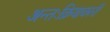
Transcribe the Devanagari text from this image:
अन्तःक्रियाकारी